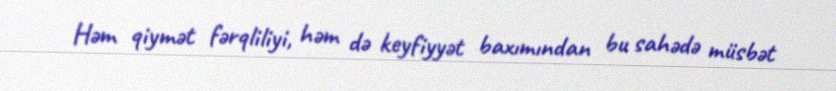
Həm qiymət fərqliliyi, həm də keyfiyyət baxımından bu sahədə müsbət